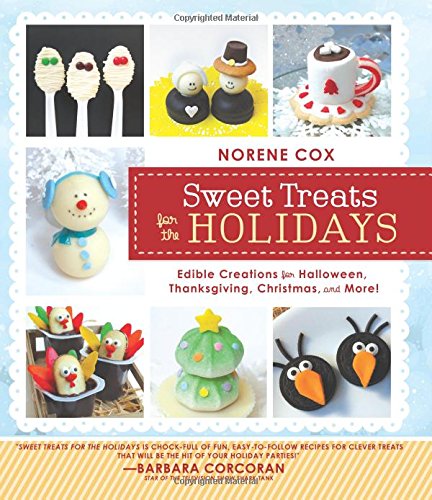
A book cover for Sweet Treats for the Holidays: Edible Creations for Halloween, Thanksgiving, Christmas, and More; Norene Cox; Cookbooks, Food & Wine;